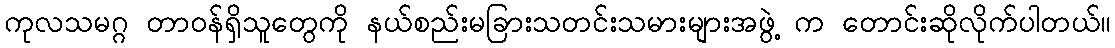
ကုလသမဂ္ဂ တာဝန်ရှိသူတွေကို နယ်စည်းမခြားသတင်းသမားများအဖွဲ့ က တောင်းဆိုလိုက်ပါတယ်။